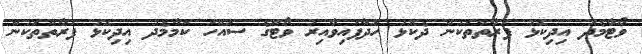
ވޯޓާމެދު އިދިކޮޅު ފަރާތްތަކުން ދެކޮޅު ހަދާފައިވާއިރު ވޯޓްގެ ސައްހަ ކަމާމެދު އިދިކޮޅު ފަރާތްތަކުން